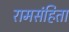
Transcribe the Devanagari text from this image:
रामसंहिता